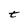
Character: t